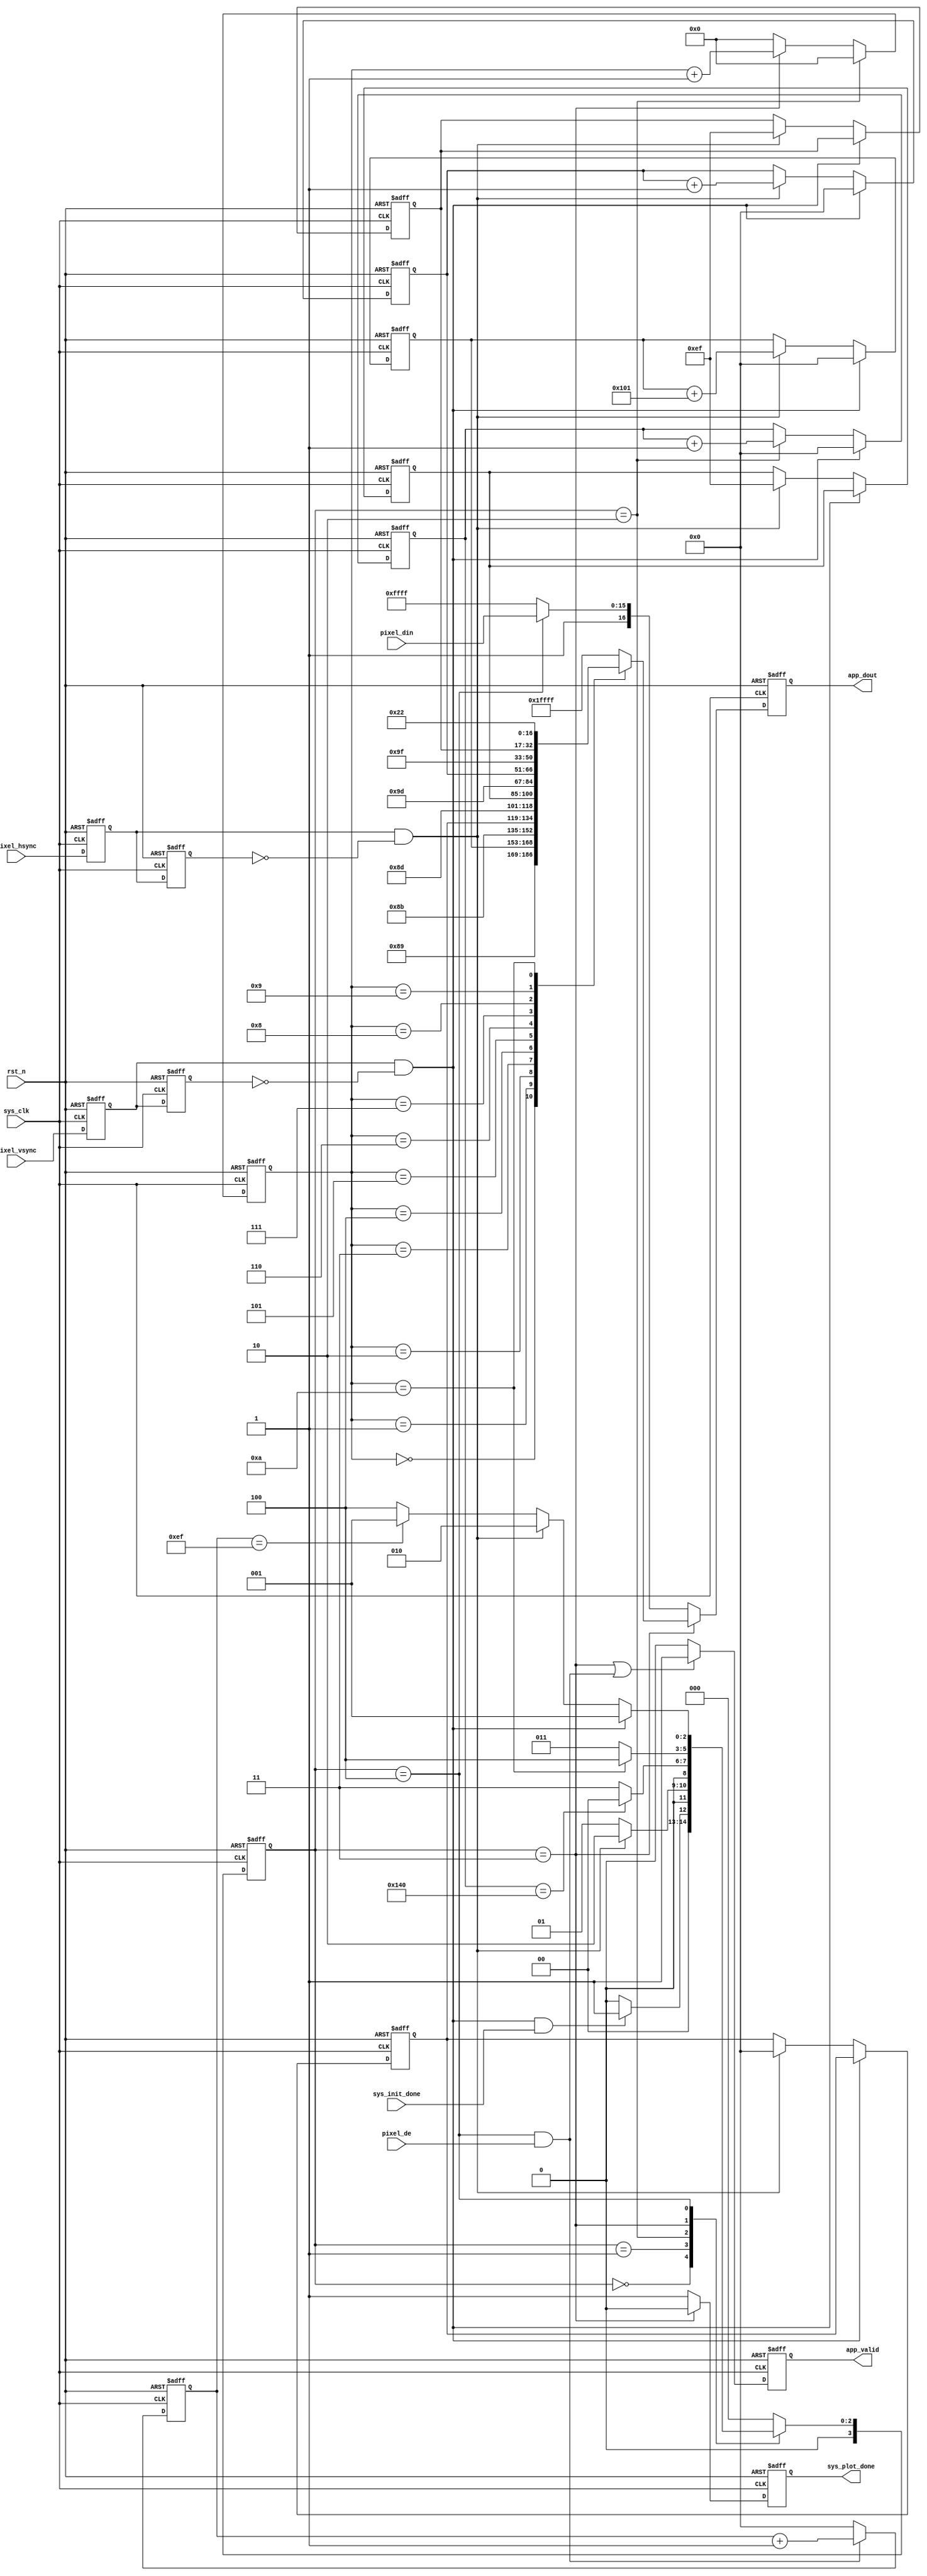
`timescale 1ns / 1ps
//////////////////////////////////////////////////////////////////////////////////
// Company: 
// Engineer: 
// 
// Design Name: 
// Module Name: tft_plot_module
// Project Name: 
// Target Devices: 
// Tool Versions: 
// Description: deh15
// 
// Dependencies: 
// 
// Revision:
// Revision 0.01 - File Created
// Additional Comments:
// 
//////////////////////////////////////////////////////////////////////////////////


module SSD1289_Plot_Module #(
    parameter size_x = 16'd240,
    parameter size_y = 16'd320
) (
    input sys_clk,
    input rst_n,

    input        pixel_de,
    input        pixel_vsync,
    input        pixel_hsync,
    input [15:0] pixel_din,

    output reg        app_valid,      //
    output reg [16:0] app_dout,       //
    input             sys_init_done,
    output reg        sys_plot_done
);
  /**********************************/
  localparam REG_CNT = 11;

  reg [3:0] S_STATE, S_STATE_NEXT;
  localparam S_IDLE = 0;  //
  localparam S_WAIT_H = 1;
  localparam S_INIT = 2;  ///
  localparam S_PLOT = 3;  //
  localparam S_WRITE = 4;
  localparam S_DONE = 5;
  /**********************************/
  wire plot_en;
  reg plot_en_d0, plot_en_d1;
  always @(posedge sys_clk, negedge rst_n) begin
    if (!rst_n) begin
      plot_en_d0 <= 1'b0;
      plot_en_d1 <= 1'b0;
    end else begin
      plot_en_d0 <= pixel_hsync;
      plot_en_d1 <= plot_en_d0;
    end
  end
  assign plot_en = plot_en_d0 && !plot_en_d1;
  /**********************************/
  wire rst_en;
  reg rst_en_d0, rst_en_d1;
  always @(posedge sys_clk, negedge rst_n) begin
    if (!rst_n) begin
      rst_en_d0 <= 1'b0;
      rst_en_d1 <= 1'b0;
    end else begin
      rst_en_d0 <= pixel_vsync;
      rst_en_d1 <= rst_en_d0;
    end
  end
  assign rst_en = rst_en_d0 && !rst_en_d1;
  /*******************************************************/
  reg [15:0] h_pos;
  reg [15:0] v_pos_start;
  reg [15:0] v_pos_end;
  reg [15:0] x_counter;
  reg [15:0] y_counter;
  always @(posedge sys_clk or negedge rst_n) begin
    if (!rst_n) begin
      h_pos       <= 16'b0;
      v_pos_start <= 16'b0;
      v_pos_end   <= size_x - 1'd1;
      x_counter   <= 16'b0;
      y_counter   <= size_x - 1'd1;
    end else if (rst_en) begin
      h_pos       <= 16'b0;
      v_pos_start <= v_pos_start;
      v_pos_end   <= v_pos_end;
      x_counter   <= 16'b0;
      y_counter   <= y_counter;
    end else if (plot_en) begin
      h_pos       <= h_pos + 16'h0101;  //
      v_pos_start <= 16'b0;  //0
      v_pos_end   <= size_x - 1'd1;  //
      x_counter   <= x_counter + 1'd1;  //
      y_counter   <= size_x - 1'd1;  //
    end else begin
      h_pos       <= h_pos;
      v_pos_start <= v_pos_start;
      v_pos_end   <= v_pos_end;
      x_counter   <= x_counter;
      y_counter   <= y_counter;
    end
  end
  /*******************************************************/
  reg [7:0] plot_reg_cnt;
  always @(posedge sys_clk or negedge rst_n) begin
    if (!rst_n) plot_reg_cnt <= 8'b0;
    else if (S_STATE == S_INIT) plot_reg_cnt <= 8'b0;
    else if (S_STATE == S_PLOT) plot_reg_cnt <= plot_reg_cnt + 1'b1;
    else plot_reg_cnt <= 8'b0;
  end
  /*******************************************************/
  reg [15:0] data_cnt;
  always @(posedge sys_clk or negedge rst_n) begin
    if (!rst_n) data_cnt <= 16'd0;
    else if (S_STATE == S_WRITE && pixel_de) data_cnt <= data_cnt + 1'b1;
    else data_cnt <= 16'd0;
  end
  /*******************************************************/
  reg [15:0] line_cnt;
  always @(posedge sys_clk or negedge rst_n) begin
    if (!rst_n) line_cnt <= 16'd0;
    else if (rst_en) line_cnt <= 16'd0;
    else if (S_STATE == S_INIT) line_cnt <= line_cnt + 1'b1;
    else line_cnt <= line_cnt;
  end
  /*******************************************************/
  always @(posedge sys_clk, negedge rst_n) begin
    if (!rst_n) S_STATE <= S_IDLE;
    else S_STATE <= S_STATE_NEXT;
  end
  reg [31:0] clk_cnt;
  always @(posedge sys_clk, negedge rst_n) begin
    if (!rst_n) clk_cnt <= 32'd0;
    else if (S_STATE != S_STATE_NEXT) clk_cnt <= 32'd0;
    else clk_cnt <= clk_cnt + 1'd1;
  end
  /**************************/
  always @(*) begin
    case (S_STATE)
      S_IDLE: begin
        if (rst_en && sys_init_done) S_STATE_NEXT = S_WAIT_H;  //lcd
        else S_STATE_NEXT = S_IDLE;
      end
      S_WAIT_H: begin
        if (plot_en) S_STATE_NEXT = S_INIT;  //
        else S_STATE_NEXT = S_WAIT_H;
      end
      S_INIT: begin
        if (line_cnt == size_y) S_STATE_NEXT = S_IDLE;  //
        else S_STATE_NEXT = S_PLOT;
      end
      S_PLOT: begin
        if (plot_reg_cnt == REG_CNT - 1'd1) S_STATE_NEXT = S_WRITE;  //
        else S_STATE_NEXT = S_PLOT;
      end
      S_WRITE: begin
        if (rst_en) S_STATE_NEXT = S_WAIT_H;  //
        else if (plot_en) S_STATE_NEXT = S_INIT;  //
        else if (data_cnt == size_x - 1'd1) S_STATE_NEXT = S_WAIT_H;  //     !!!!init
        else S_STATE_NEXT = S_WRITE;
      end
      default: S_STATE_NEXT = S_IDLE;
    endcase
  end
  /*******************************************************/
  always @(posedge sys_clk or negedge rst_n) begin
    if (!rst_n) sys_plot_done <= 1'b0;
    else if (S_STATE == S_PLOT) sys_plot_done <= 1'b0;
    else sys_plot_done <= 1'b1;
  end
  /*******************************************************/
  always @(posedge sys_clk or negedge rst_n) begin
    if (!rst_n) app_valid <= 1'b0;
    else if (S_STATE == S_PLOT || (S_STATE == S_WRITE && pixel_de)) app_valid <= 1'b1;
    else app_valid <= 1'b0;
  end
  /*******************************************************/
  always @(posedge sys_clk or negedge rst_n) begin
    if (!rst_n) app_dout <= 17'b0;
    else if (S_STATE == S_PLOT) begin
      case (plot_reg_cnt)
        8'd0: app_dout <= {1'b0, 16'h0044};
        8'd1: app_dout <= {1'b1, h_pos[15:0]};
        8'd2: app_dout <= {1'b0, 16'h0045};
        8'd3: app_dout <= {1'b1, v_pos_start[15:0]};
        8'd4: app_dout <= {1'b0, 16'h0046};  //
        8'd5: app_dout <= {1'b1, v_pos_end[15:0]};
        8'd6: app_dout <= {1'b0, 16'h004e};
        8'd7: app_dout <= {1'b1, x_counter[15:0]};
        8'd8: app_dout <= {1'b0, 16'h004f};
        8'd9: app_dout <= {1'b1, y_counter[15:0]};  //
        8'd10: app_dout <= {1'b0, 16'h0022};  //HSTART 
        //,case
        default: app_dout <= {1'b1, 16'hffFF};
      endcase
    end else if (S_STATE == S_WRITE) begin
      app_dout <= {1'b1, pixel_din[15:0]};
    end else begin
      app_dout <= {1'b1, 16'hffFF};
    end
  end
endmodule